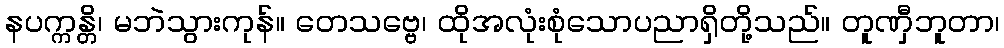
နပက္ကန္တိ၊ မဘဲသွားကုန်။ တေသဗ္ဗေ၊ ထိုအလုံးစုံသောပညာရှိတို့သည်။ တူဏှီဘူတာ၊